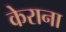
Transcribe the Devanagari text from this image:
केराना